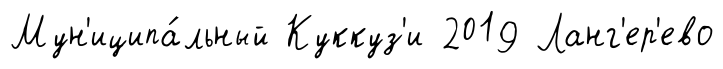
Мун'иципа́льный Куккуз'и 2019 Ланг'ер'ево